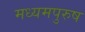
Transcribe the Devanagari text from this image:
मध्‍यमपुरुष